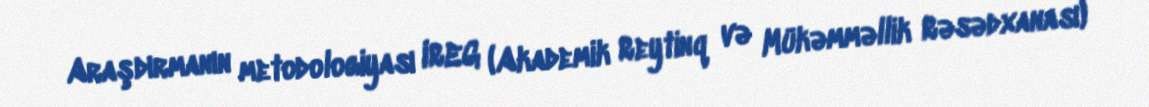
Araşdırmanın metodologiyası IREG (Akademik Reytinq və Mükəmməllik Rəsədxanası)